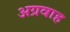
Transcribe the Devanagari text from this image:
अग्रवाह